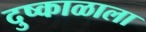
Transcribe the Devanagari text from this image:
दुष्काळाला